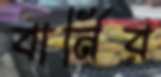
বার্নির